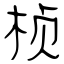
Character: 桢